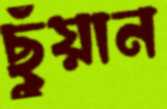
ছুঁয়ান